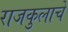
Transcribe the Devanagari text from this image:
राजकुलाचे